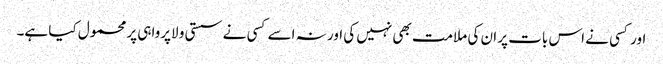
اور کسی نے اس بات پر ان کی ملامت بھی نہیں کی اور نہ اسے کسی نے سستی و لاپرواہی پر محمول کیا ہے۔